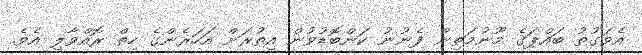
އެވަގުތު ބައްޕަގެ މޫނުމަތިން ފެނުނު ކަންބޮޑުވުން އިތުރަށް އަހަރެންގެ ހިތް ރޮއްވާލި އެވެ.